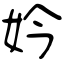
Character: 妗